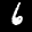
Label: 6